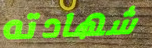
شهادته